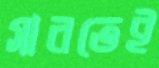
সারতেই